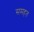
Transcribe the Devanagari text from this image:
समहत